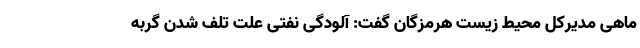
ماهی‌ مدیرکل محیط زیست هرمزگان گفت: آلودگی نفتی علت تلف شدن گربه